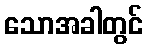
သောအခါတွင်